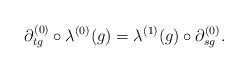
LaTeX: \begin{align*} \partial_{tg}^{(0)}\circ\lambda^{(0)}(g)=\lambda^{(1)}(g)\circ\partial_{sg}^{(0)}.\end{align*}